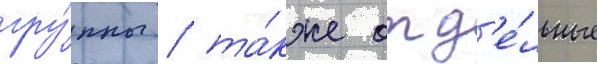
гру́ппы / та́кже отд'е́льные